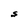
Character: S